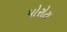
પોરોટા